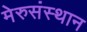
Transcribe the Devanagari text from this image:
मेरुसंस्थान